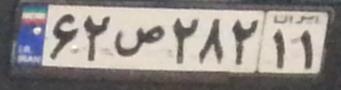
۶۲ص۲۸۲۱۱